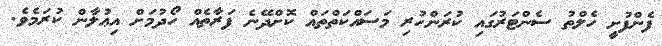
ފެންފުށީ ހެލްތު ސެންޓަރުގައި ކުރަންހުރި މަސައްކަތްތައް ކޮށްދޭނެ ފަރާތެއް ހޯދުމަށް އިޢުލާން ކުރަމެވެ.